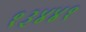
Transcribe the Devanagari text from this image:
१३४४१